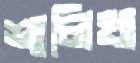
শালিখা